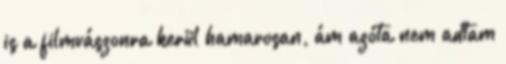
is a filmvászonra kerül hamarosan, ám azóta nem adtam